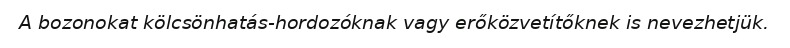
A bozonokat kölcsönhatás-hordozóknak vagy erőközvetítőknek is nevezhetjük.